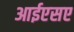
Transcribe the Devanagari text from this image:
आईएसए